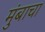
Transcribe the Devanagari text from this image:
मुंबाचा